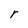
Character: r